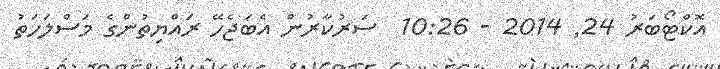
އޮކްޓޯބަރު 24